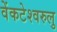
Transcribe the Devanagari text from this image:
वेंकटेश्वरुलु